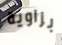
بزاوية